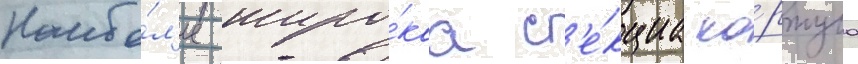
Наибо́л'ее широ́каа с'е́кциа ко́рпуса